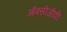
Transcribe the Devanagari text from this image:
ऑक्सीजीवी